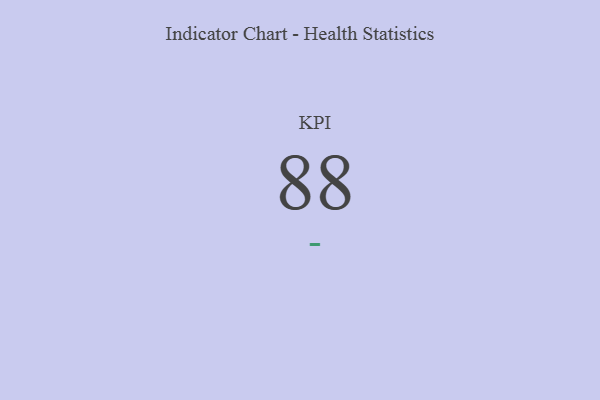
{"axis": {"x": "KPI", "y": "Value"}, "legend": [""], "data": [{"x": "KPI", "y": 88, "type": ""}]}